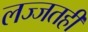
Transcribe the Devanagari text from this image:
लज्जतही